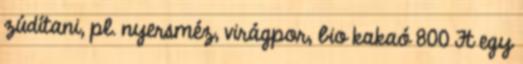
zúdítani, pl. nyersméz, virágpor, bio kakaó 800 Ft egy